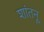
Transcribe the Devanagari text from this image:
शांतनू